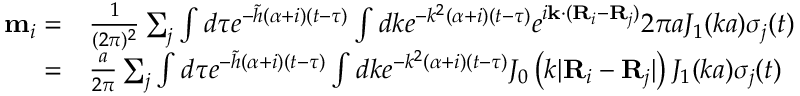
\begin{array} { r l } { { \bf m } _ { i } = } & { \frac { 1 } { ( 2 \pi ) ^ { 2 } } \sum _ { j } \int d \tau e ^ { - \tilde { h } ( \alpha + i ) ( t - \tau ) } \int d k e ^ { - k ^ { 2 } ( \alpha + i ) ( t - \tau ) } e ^ { i { \bf k } \cdot ( { \bf R } _ { i } - { \bf R } _ { j } ) } 2 \pi a J _ { 1 } ( k a ) \sigma _ { j } ( t ) } \\ { = } & { \frac { a } { 2 \pi } \sum _ { j } \int d \tau e ^ { - \tilde { h } ( \alpha + i ) ( t - \tau ) } \int d k e ^ { - k ^ { 2 } ( \alpha + i ) ( t - \tau ) } J _ { 0 } \left( k \lvert { \bf R } _ { i } - { \bf R } _ { j } \rvert \right) J _ { 1 } ( k a ) \sigma _ { j } ( t ) } \end{array}